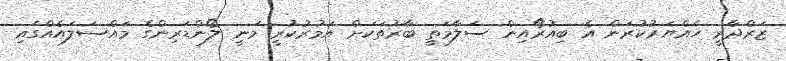
ޒަރްދާރީ ހައްޔަރުކުރަން އެ ބިއުރޯއިން ސަލާމަތީ ބާރުތަކަށް އަމުރުކުރީ މަނީ ލޯންޑަރިންގެ މައްސަލައެއްގައި